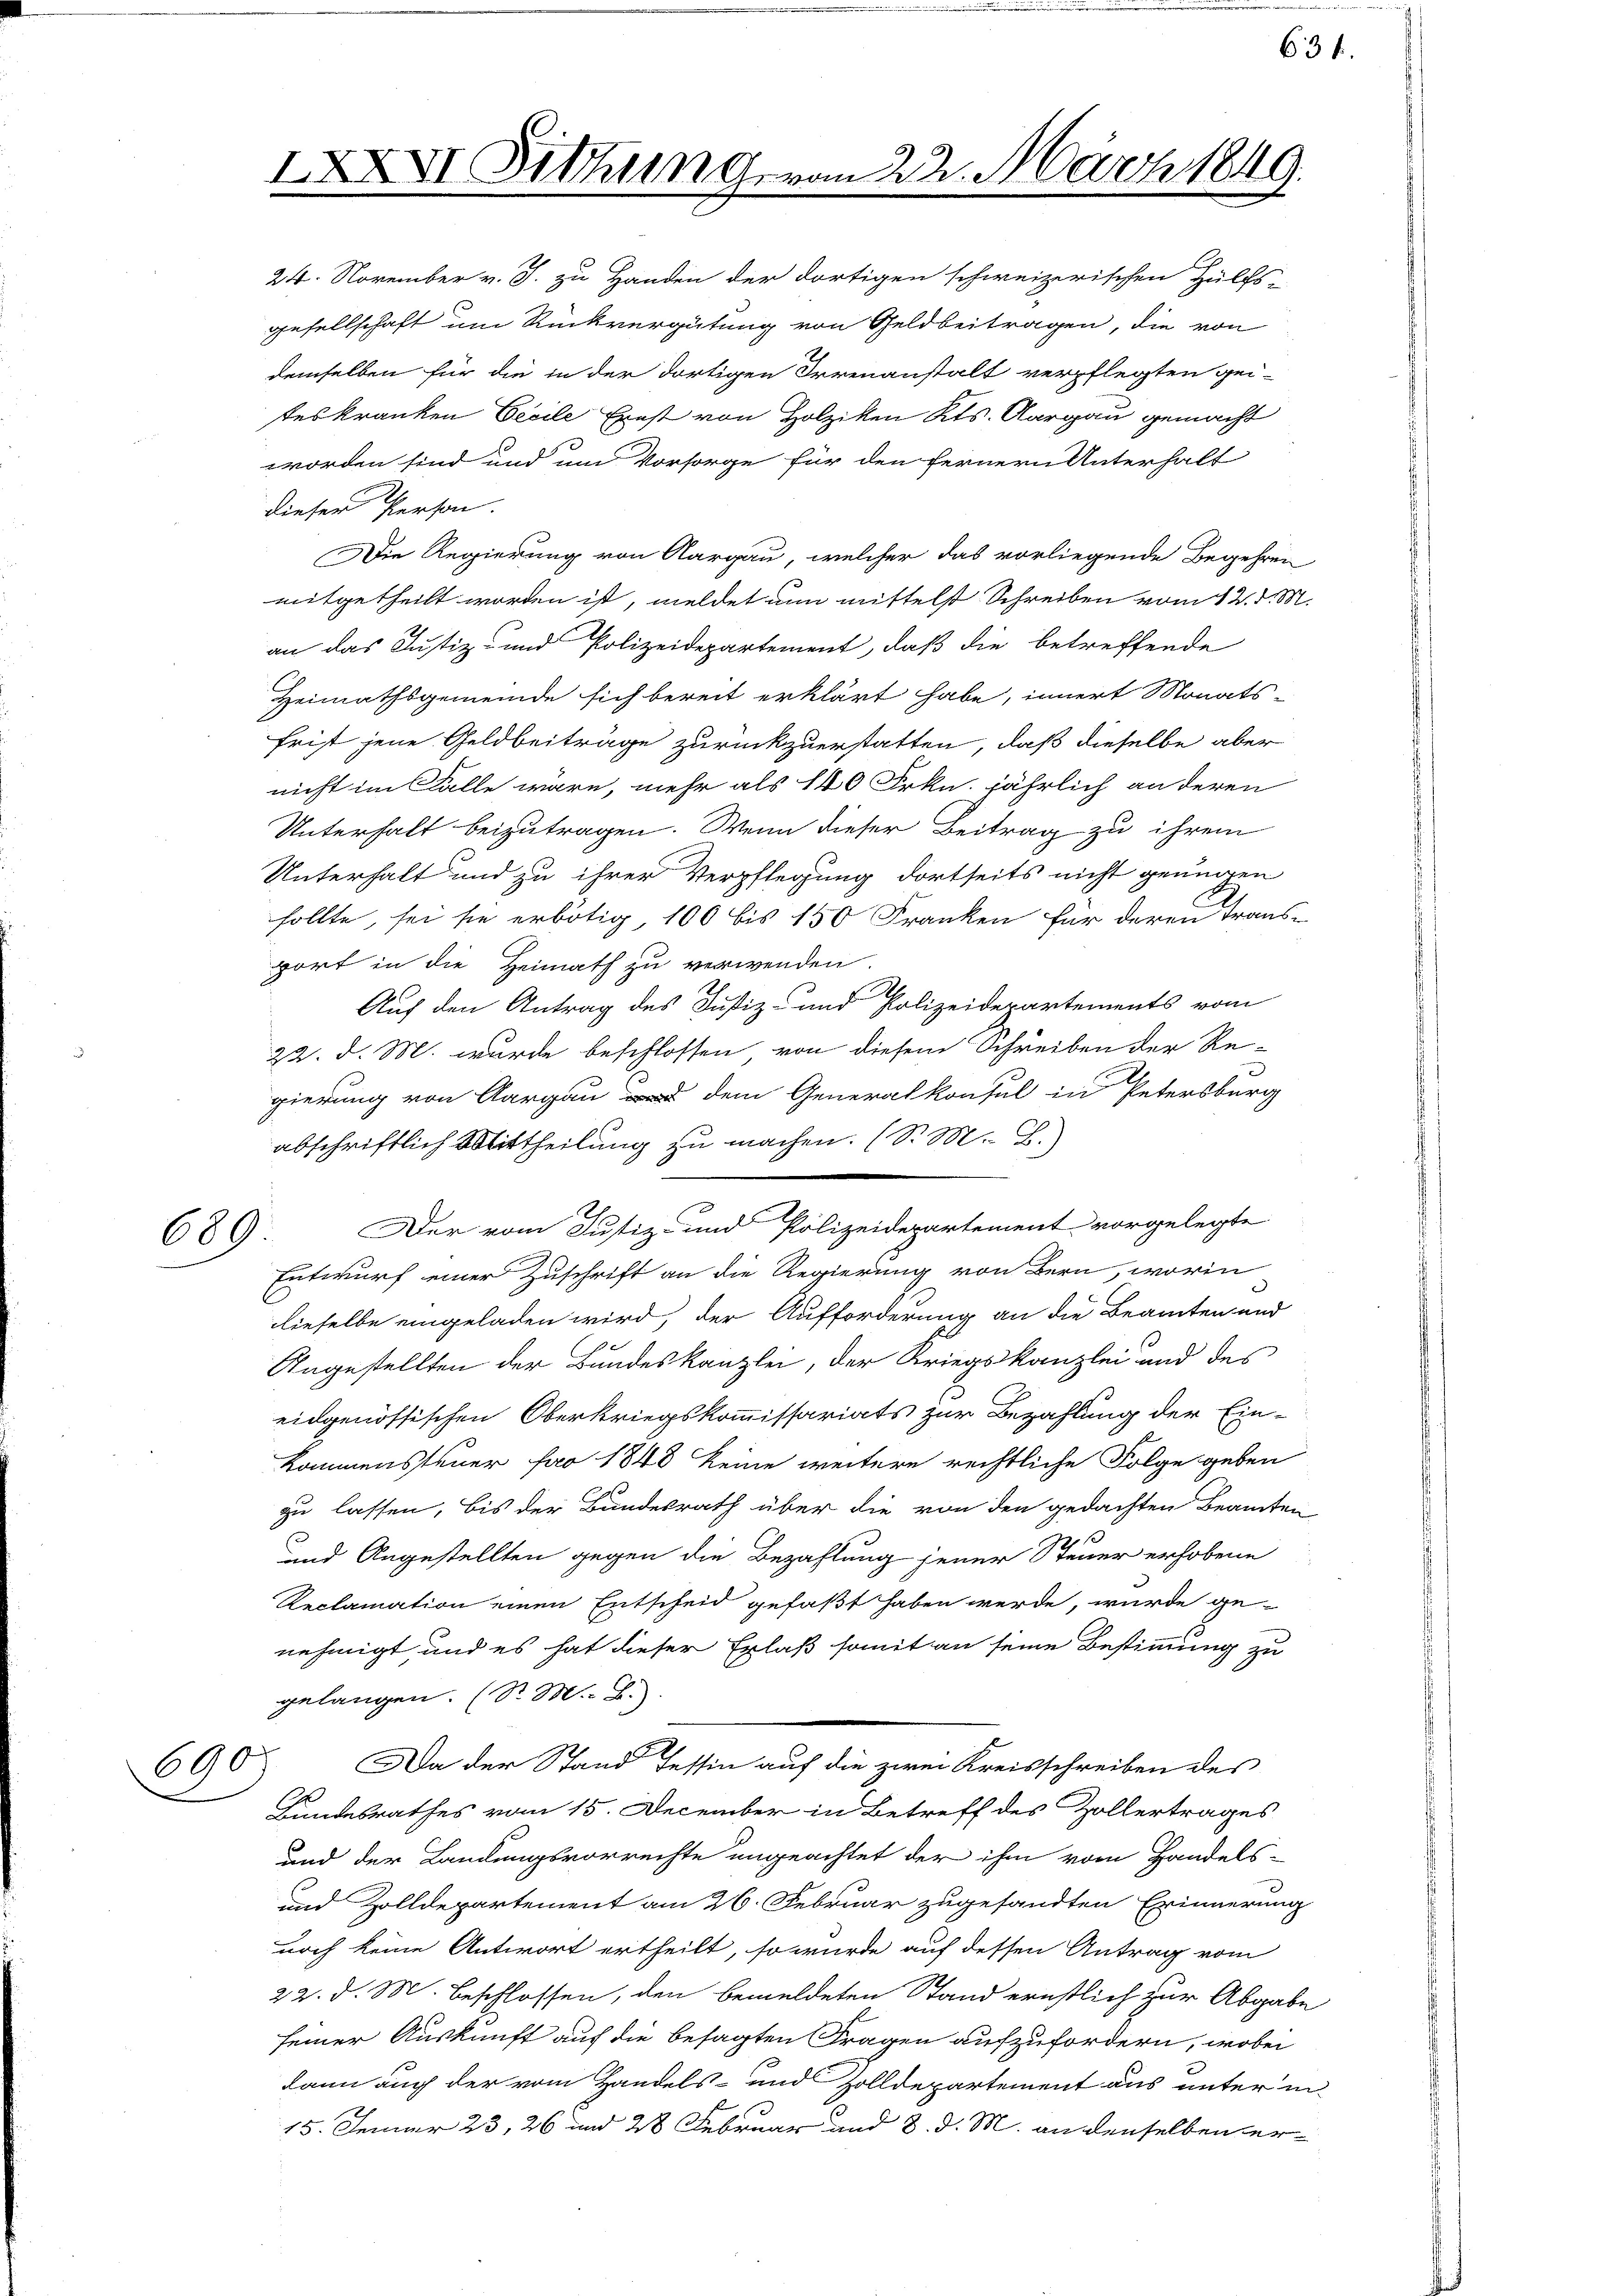
IXXVI. Dithurn geran 22. März 1849.

24. November v. J. zu Handen der dortigen schweizerischen Hülfs-
gesellschaft um Rückvergütung von Geldbeitragen, die von
demselben für die in der dortigen Irrenanstalt verpflegten gei-
teskranken Cecile Ernst von Holziken Kts. Aargau gemacht
worden sind und um Vorsorge für den fernern Unterhalt
dieser Person.
Die Regierung von Aargau, welcher das vorliegende Begehren
mitgetheilt worden ist, meldet nun mittelst Schreiben vom 12. d. M.
an das Justiz- und Polizeidepartement, daß die betreffende
Heimathsgemeinde sich bereit erklärt habe, innert Monats-
frist jene Geldbeiträge zurückzuerstatten, daß dieselbe aber
nicht im Falle wäre, mehr als 140 Frkn. jährlich an deren
Unterhalt beizutragen. Wenn dieser Beitrag zu ihrem
Unterhalt und zu ihrer Verpflegung dortseits nicht genügen
sollte, sei sie erbötig, 100 bis 150 Franken für deren Transport in die Heimath zu verwenden.
Auf den Antrag des Justiz- und Polizeidepartements vom
22. d. M. wurde beschlossen von diesem Schreiben der Re-
gierung von Aargau dem Generalkonsul in Petersburg
abschriftlich Mittheilung zu machen. (S. M. B.)
Der vom Justiz- und Polizeidepartement vorgelegte
689
Entwurf einer Zuschrift an die Regierung von Bern, worin
dieselbe eingeladen wird, der Aufforderung an die Beamten und
Angestellten der Bundeskanzlei, der Kriegskanzlei und des
eidgenössischen Oberkriegskommissariats zur Bezahlung der Ein-
kommensteuer pro 1848 keine weitere rechtliche Folge geben
zu lassen, bis der Bundesrath über die von den gedachten Beamten
und Angestellten gegen die Bezahlung jener Steuer erhobene
Reclamation einen Entscheid gefaßt haben werde, wurde ge-
nehmigt und es hat dieser Erlaß somit an seine Bestimmung zu
gelangen. (S. M. B.)
Da der Stand Tessin auf die zwei Kreisschreiben des
6905
Bundesrathes vom 15. December in Betreff des Zollertrages
und der Landungsvorrechte ungeachtet der ihm vom Handels-
und Zolldepartement am 26. Februar zugesandten Erinnerung
noch keine Antwort ertheilt, so würde auf dessen Antrag vom
22. d. M. beschlossen, den bemeldeten Stand ernstlich zur Abgabe
seiner Auskunft auf die besagten Fragen aufzufordern, wobei
kann auch der vom Handels- und Zolldepartement aus unter in
15. Jenner 23, 26 und 28 Februar und 8. d. M. an denselben er¬

63 f.